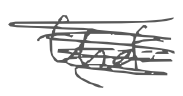
Text: that
Cross-out: scratch
Writing tool: digital_gray